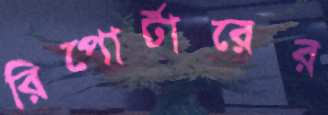
রিপোর্টারের